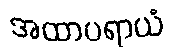
အထာပရာယံ